Reports on dispensaries and lunatic asylums in the Province of Oudh - 1869-1876
Year: 1869
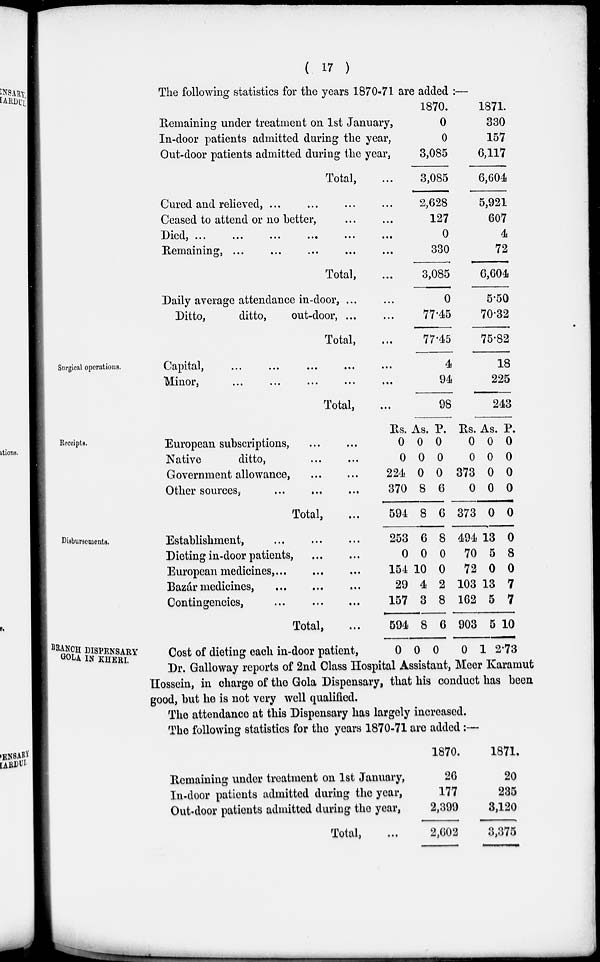
( 17 )
The following statistics for the years 1870-71 are added :—
Remaining under treatment on 1st January,
In-door patients admitted during the year,
Out-door patients admitted during the year,
Total, ...
Cured and relieved, ... ... ... ...
Ceased to attend or no better, ... ...
Died, ... ... ... ... ... ...
Remaining, ... ... ... ... ...
Total, ...
Daily average attendance in-door, ... ...
Ditto,
ditto,
out-door, ... ...
Total, ...
1870.
0
0
3,085
3,085
2,628
127
0
330
3,085
0
77.45
77.45
1871.
330
157
6,117
6,604
5,921
607
4
72
6,604
5.50
70.32
75.82
Surgical operations.
Capital, ... ... ... ... ...
Minor, ... ... ... ... ...
Total, ...
4
94
98
18
225
243
Receipts.
European subscriptions, ... ...
Native
ditto, ... ...
Government allowance,
...
...
Other sources, ... ... ...
Total, ...
Rs.
0
0
224
370
594
As.
0
0
0
8
8
P.
0
0
0
6
6
Rs.
0
0
373
0
373
As.
0
0
0
0
0
P.
0
0
0
0
0
Disbursements.
Establishment, ... ... ...
Dieting in-door patients,
...
...
European medicines, ... ... ...
Bazár medicines,
...
...
...
Contingencies,
...
...
...
Total, ...
Cost of dieting each in-door patient,
253
0
154
29
157
594
0
6
0
10
4
3
8
0
8
0
0
2
8
6
0
494
70
72
103
162
903
0
13
5
0
13
5
5
1
0
8
0
7
7
10
2.73
BRANCH DISPENSARY
GOLA IN KHERI.
Dr. Galloway reports of 2nd Class Hospital Assistant, Meer Karamut
Hossein, in charge of the Gola Dispensary, that his conduct has been
good, but he is not very well qualified.
The attendance at this Dispensary has largely increased.
The following statistics for the years 1870-71 are added:—
Remaining under treatment on 1st January,
In-door patients admitted during the year,
Out-door patients admitted during the year,
Total, ...
1870.
26
177
2,399
2,602
1871.
20
235
3,120
3,375